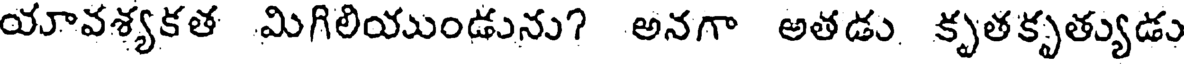
యావశ్యకత మిగిలియుండును? అనగా అతడు కృతకృత్యుడు